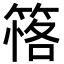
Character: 𥯚